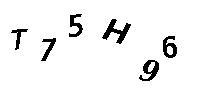
T75H96